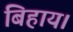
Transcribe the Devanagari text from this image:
बिहाय।